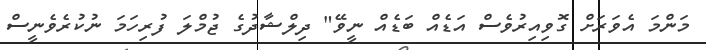
މަންމަ އެވަރަށް ގޮވިއިރުވެސް އަޑެއް ބަޑެއް ނީވޭ" ދިލްޝާދުގެ ޖުމްލަ ފުރިހަމަ ނުކުރެވެނީސް